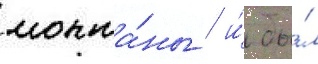
монта́ны / и́ бы́л